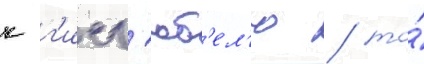
к г'исг'юб'ел'ю / то́